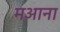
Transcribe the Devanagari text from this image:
मआना